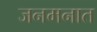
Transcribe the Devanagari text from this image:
जनमनात